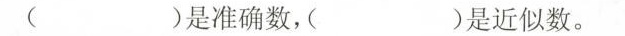
()是准确数，( )是近似数。